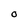
Character: O